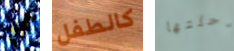
أو كالطفل رحلتها